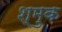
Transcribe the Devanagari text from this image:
श्मुक